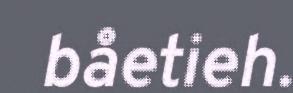
båetieh.